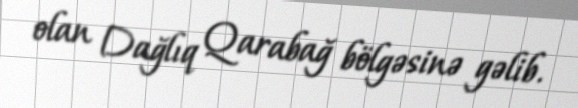
olan Dağlıq Qarabağ bölgəsinə gəlib.